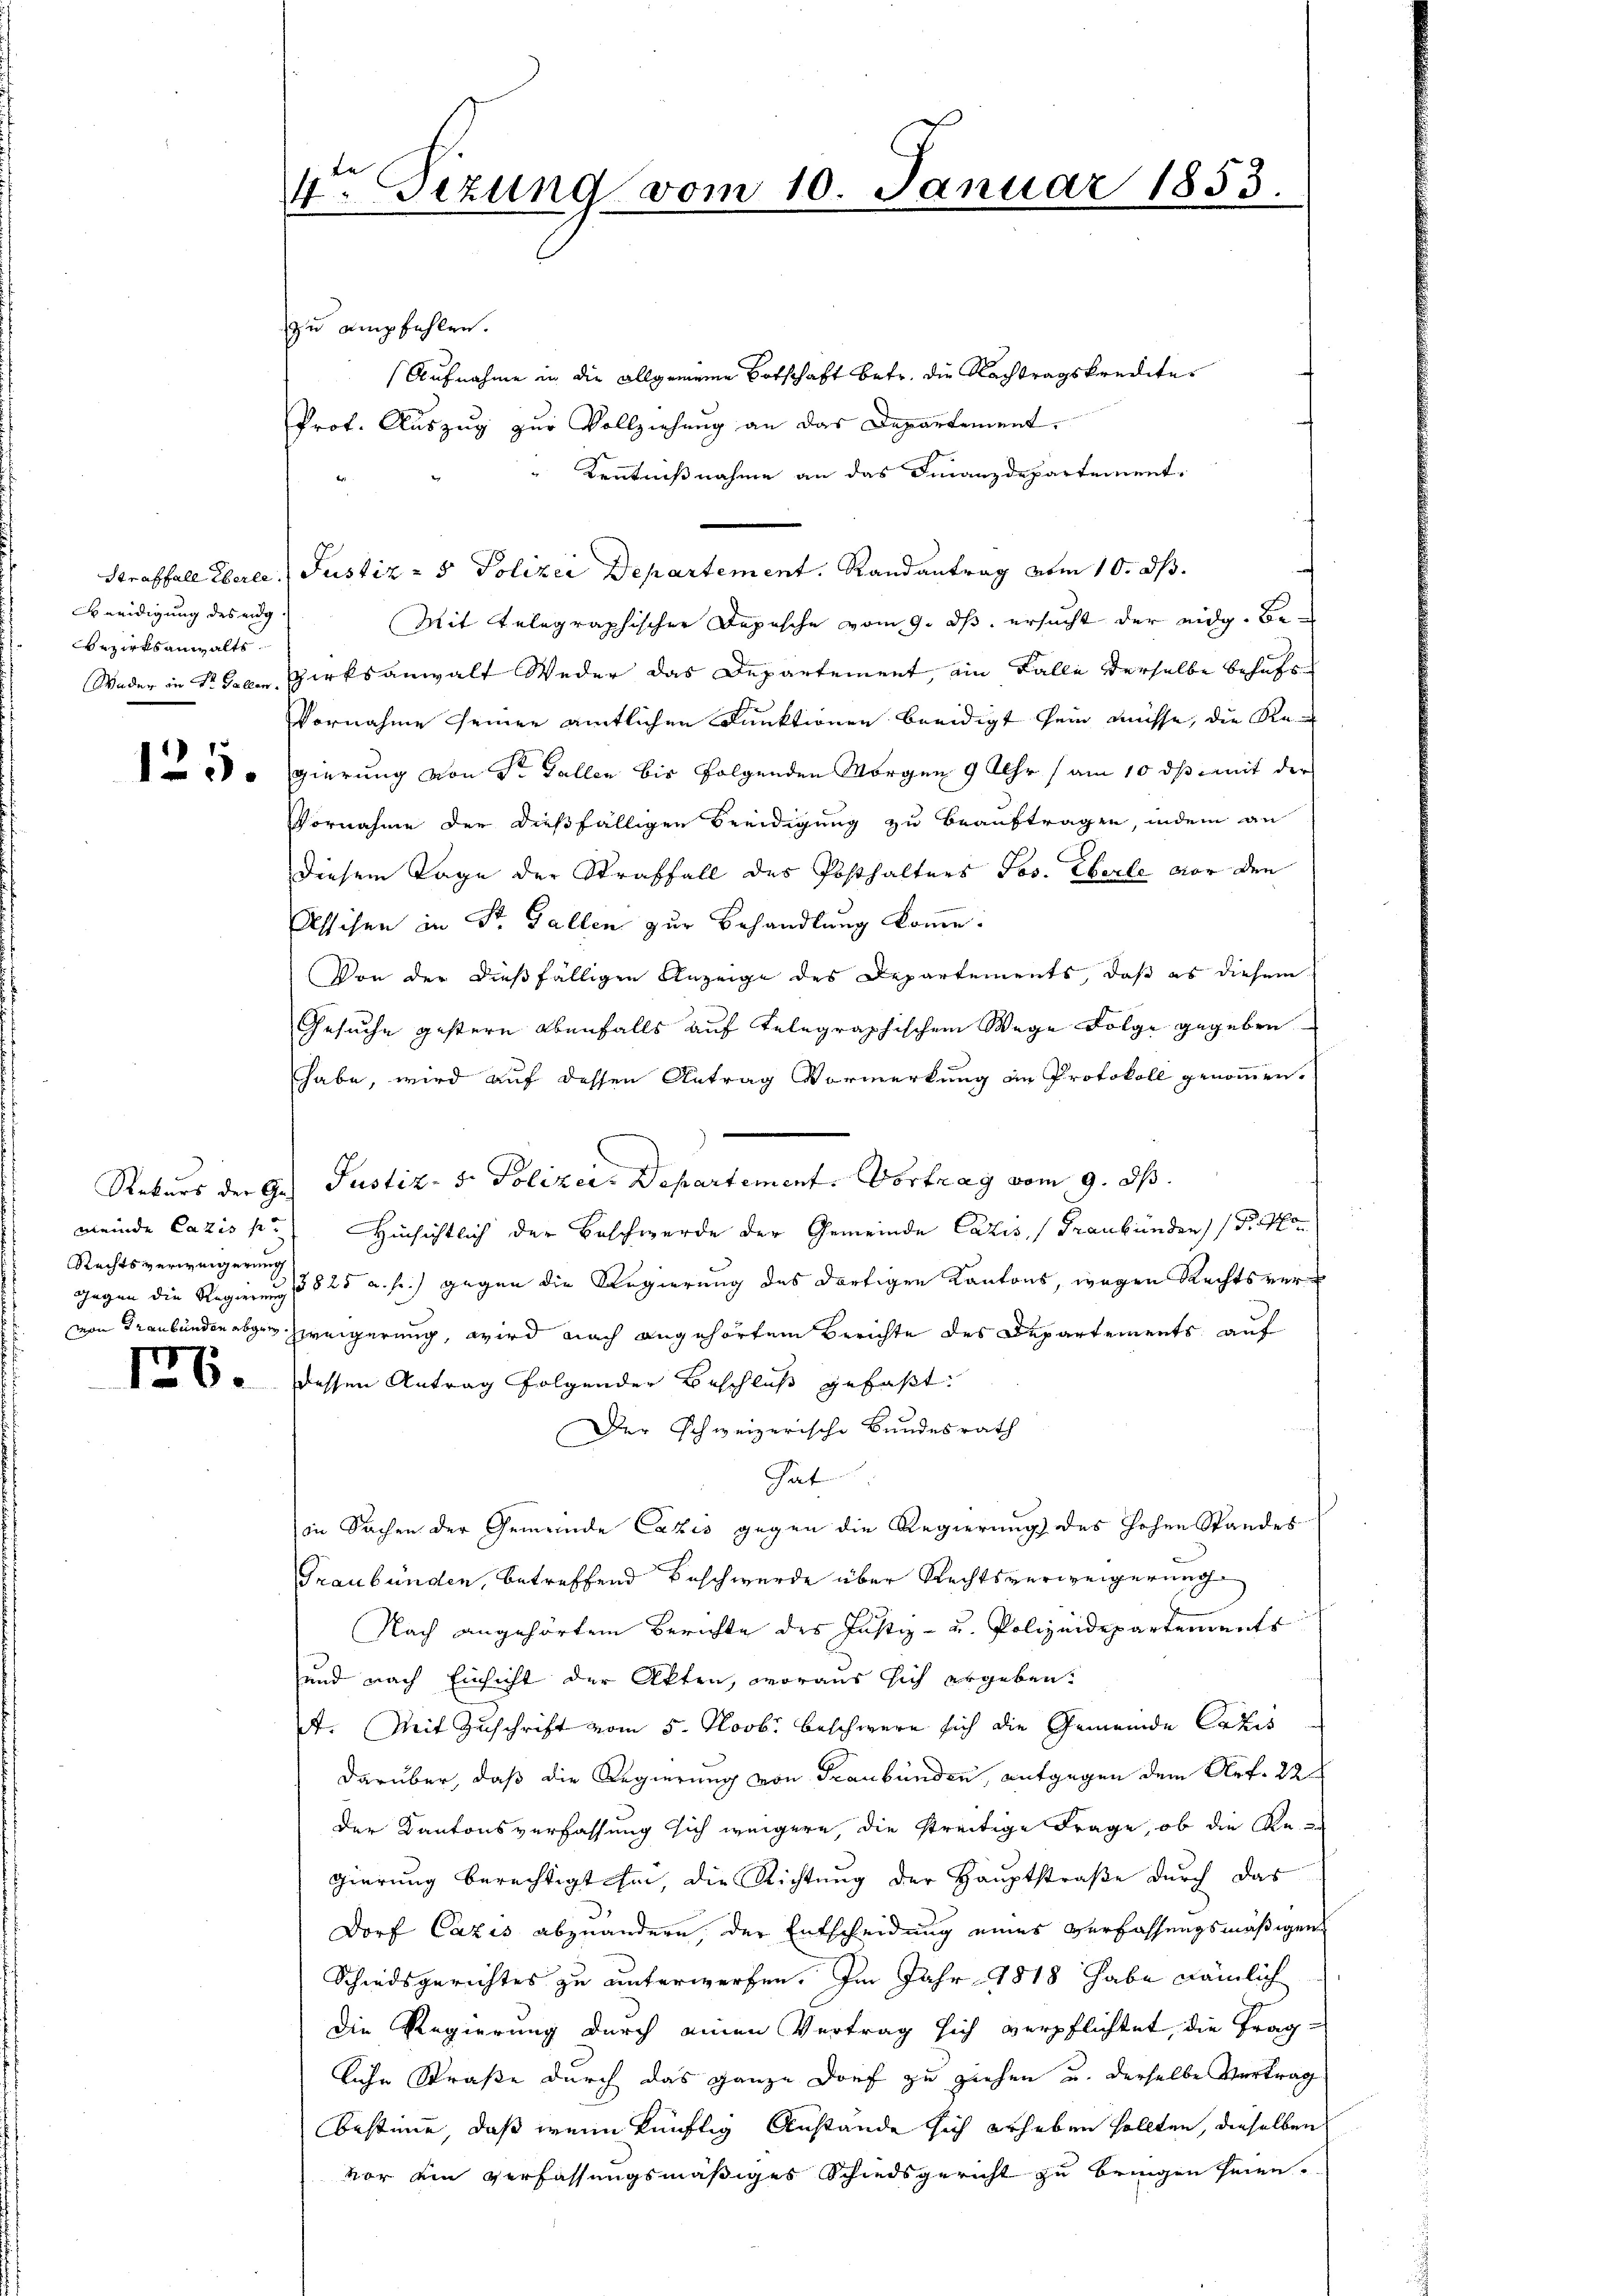
Beeidigung des eidg
Bezirksanwalts

125.

Rechtsverweigerung

126.

4. Tizung vom 10. Januar 1853.

zu empfehlen.
Aufnahme in die allgemeine Botschaft betr. die Nachtragskredite
Prot. Auszug zur Vollziehung an das Departement.
Kenntnißnahme an das Finanzdepartement.
f
Straffall Eberle Justiz- & Polizei Departement. Randantrag vom 10. dß.
Mit telegraphischer Depesche vom 9. ds. ersucht der eidg. Be¬
Weder in Kalen Zirksanwalt Weder das Departement, ein Falle derselbe behufs
Vornahme seiner amtlichen Funktionen beeidigt sein müsse, die Re
gierung von Sr. Gallen bis folgenden Morgen 9 Uhr am 10 ds mit der
Vornahme der dießfälligen Beeidigung zu beauftragen, indem an
Diesem Tage der Straffall des Posthalters Jos. Eberle vor den
Asschen in St. Gallen zur Behandlung komme.
Von der dießfälligen Anzeige des Departements, daß es diesem
Gesuche gestern ebenfalls auf telegraphischem Wege Folge gegeben
habe, wird auf dessen Antrag Vormerkung an Protokoll genommen.
Rekurs der Ges Justiz- & Polizer. Departement. Vortrag vom 9. ds.
meinde Cazis k. Hinsichtlich der Beschwerde der Gemeinde Cazis Graubünden (S. 4
Gegen die Regierung §§ 25 u. fr.) gegen die Regierung des dortigen Kantons, wegen Rechtsver-
von Graubünden abger Zweigerung, wird nach angehörtem Berichte des Departements auf
dessen Antrag folgender Beschluß gefaßt:
Der schweizerische Bundesrath
Gat
in Sachen der Gemeinde Cazis gegen die Regierung des hohen Standes
Graubünden, betreffend Beschwerde über Rechtsverweigerung
Nach angehörten Berichte des Justiz- u. Polizeidepartements
sund nach Einsicht der Akten, woraus sich ergeben:
A. Mit Zuschrift vom 5. Novbr. beschwere sich die Gemeinde Cakes
darüber, daß die Regierung von Graubünden, entgegen dem Art. 22
Der Kantonsverfassung sich weigere, die streitige Frage, ob die Re
gierung berechtigt hin, die Richtung der Hauptstraße durch das
Dorf Cazis abzuändern, der Entscheidung eines Verfassungsmäßigen
Schiedsgerichtes zu unterwerfen. Im Jahr 1818 habe nämlich
die Regierung durch einen Vertrag sich verpflichtet, die Fragliche Straße durch das ganze Dorf zu ziehen u. derselbe Vertrag
bestimme, daß wenn künftig Anstände sich erheben sollten, dieselben
vor ein Verfassungsmäßiges Schiedsgericht zu bringen seien.